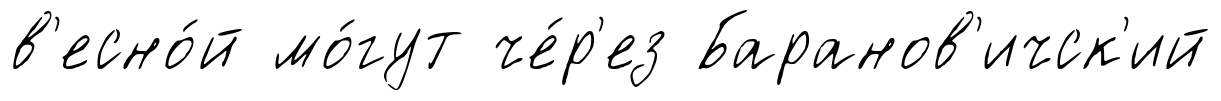
в'есно́й мо́гут че́р'ез Баранов'ичск'ий